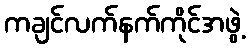
ကချင်လက်နက်ကိုင်အဖွဲ့